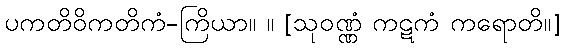
ပကတိဝိကတိကံ-ကြိယာ။ ။ [သုဝဏ္ဏံ ကဋကံ ကရောတိ။]